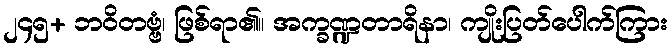
၂၄၅+ ဘဝိတဗ္ဗံ၊ ဖြစ်ရာ၏။ အက္ခဏ္ဍတာရိနာ၊ ကျိုးပြတ်ပေါက်ကြား